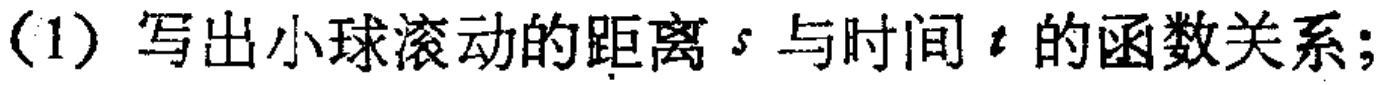
(1) 写出小球滚动的距离 \(s\) 与时间 \(t\) 的函数关系；